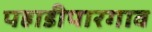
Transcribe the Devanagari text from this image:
पहाडीपारगाव